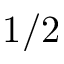
1 / 2